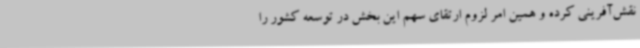
نقش‌آفرینی کرده و همین امر لزوم ارتقای سهم این بخش در توسعه کشور را